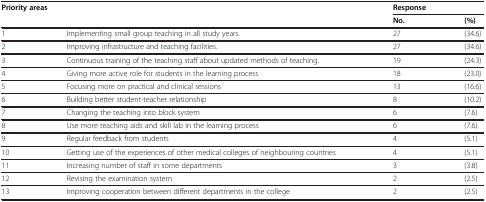
| Priority areas |  | <COLSPAN=2> Response |
 |  |  | No. | (%) |
 | --- | --- | --- | --- |
 | 1 | Implementing small group teaching in all study years. | 27 | (34.6) |
 | 2 | Improving infrastructure and teaching facilities. | 27 | (34.6) |
 | 3 | Continuous training of the teaching staff about updated methods of teaching. | 19 | (24.3) |
 | 4 | Giving more active role for students in the learning process | 18 | (23.0) |
 | 5 | Focusing more on practical and clinical sessions | 13 | (16.6) |
 | 6 | Building better student-teacher relationship | 8 | (10.2) |
 | 7 | Changing the teaching into block system | 6 | (7.6) |
 | 8 | Use more teaching aids and skill lab in the learning process | 6 | (7.6) |
 | 9 | Regular feedback from students | 4 | (5.1) |
 | 10 | Getting use of the experiences of other medical colleges of neighbouring countries | 4 | (5.1) |
 | 11 | Increasing number of staff in some departments | 3 | (3.8) |
 | 12 | Revising the examination system | 2 | (2.5) |
 | 13 | Improving cooperation between different departments in the college | 2 | (2.5) |